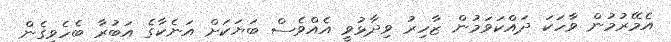
އެމޭރުމުން ވާހަކަ ދައްކަވަމުން ޒާހިރު ވިދާޅުވީ އެއްވެސް ބަޔަކަށް އަނެކާގެ އަބުރާ ބެހެވިގެން